Vaccination United Provinces of Agra and Oudh 1914-1922 - 1914-1922
Year: 1914
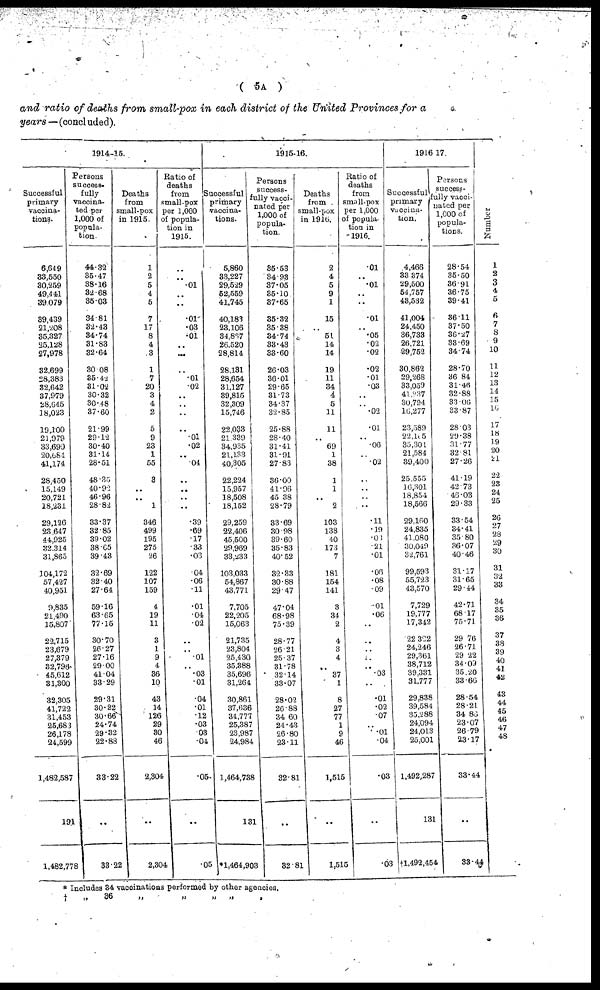
( 5A )
and ratio of deaths from small-pox in each district of the United Provinces for a
years —(concluded).
1914-15.
Successful
primary
vaccina-
tions.
6,649
33,550
30,259
49,441
39,079
39,439
21,208
35,327
25,128
27,978
32,699
28,383
32,642
37,979
28,645
18,023
19,100
21,979
33,690
20,684
41,174
28,450
15,149
20,721
18,231
29,126
23,647
44,925
32,314
31,865
104,172
57,427
40,951
9,835
21,490
15,807
22,715
23,679
27,379
32,796
45,612
31,300
32,305
41,722
31,453
25,683
26,178
24,599
1,482,587
191
1,482,778
Persons
success¬
fully
vaccina-
ted per
1,000 of
popula-
tion.
44.32
35.47
38.16
32.68
35.03
34.81
32.43
34.74
31.83
32.64
30.08
35.42
31.02
30.32
30.48
37.60
21.99
29.12
30.40
31.14
28.51
48.35
40.92
46.96
28.82
33.37
32.85
39.02
38.65
39.43
32.69
32.40
27.64
59.16
63.65
77.15
30.70
26.27
27.16
29.00
41.04
33.29
29.31
30.22
30.66
24.74
29.32
22.88
33.22
33.22
Deaths
from
small-pox
in 1915.
1
2
5
4
5
7
17
8
4
3
1
7
20
3
4
2
5
9
23
1
55
3
..
..
1
346
499
195
275
26
122
107
159
4
19
11
3
1
9
4
36
10
43
14
126
29
30
46
2,304
..
2,304
Ratio of
deaths
from
small-pox
per 1,000
of popula-
tion in
1915.
..
..
.01
..
..
.01
.03
.01
..
..
..
.01
.02
..
..
..
..
.01
.02
..
.04
..
..
..
..
.39
.69
.17
.33
.03
.04
.06
.11
.01
.04
.02
..
..
.01
..
.03
.01
.04
.01
.12
.03
.03
.04
.05
..
.05
1915-16.
Successful
primary
vaccina-
tions.
5,860
33,227
29,529
52,559
41,745
40,183
23,106
84,867
26,520
28,814
28,131
28,654
31,127
39,815
32,309
15,746
22,033
21,339
34,935
21,133
40,305
22,224
15,957
18,508
18,152
29,259
22,406
45,500
29,969
33,233
103,033
54,867
43,771
7,705
22,205
15,063
21,735
23,804
25,430
35,388
35,696
31,264
30,861
37,636
34,777
25,387
23,987
24,984
1,464,738
13
*1,464,903
Persons
success¬
fully vacci-
nated per
1,000 of
popula-
tion.
35.53
34.93
37.05
35.10
37.65
35.32
35.38
34.74
33.43
33.60
26.03
36.01
29.65
31.73
34.37
32.85
25.88
28.40
31.41
31.91
27.83
36.00
41.96
45.38
28.79
33.69
30.98
39.60
35.83
40.52
32.33
30.88
29.47
47.04
68.98
75.39
28.77
26.21
25.37
31.78
32.14
33.07
28.02
26.88
34.60
24.43
26.80
23.11
32.81
32.81
Deaths
from
small-pox
in 1916.
2
4
5
9
1
15
..
51
14
14
19
11
34
4
5
11
11
..
69
1
38
1
1
..
2
103
138
40
173
7
181
154
141
3
34
2
4
3
4
..
37
1
8
27
77
1
9
46
1,515
..
1,515
Ratio of
deaths
from
small-pox
per 1,000
of popula-
tion in
1916.
.01
..
.01
..
..
.01
..
.05
.02
.02
.02
.01
.03
..
..
.02
.01
..
.06
..
.02
..
..
..
..
.11
.19
.03
.21
.01
.06
.08
.09
.01
.06
..
..
..
..
..
.03
.01
.02
.07
..
.01
.04
.03
..
.03
1916-17.
Successful
primary
vaccina¬
tion,
4,466
33,374
29,500
54,757
43,532
41,004
24,450
36,733
26,721
29,752
30,862
29,268
33,059
41,237
30,794
16,277
23,589
22,105
35,301
21,584
39,400
25,555
16,301
18,854
18,566
29,160
24,835
41,080
30,049
32,761
99,593
55,723
43,570
7,729
19,777
17,342
22,322
24,246
29,361
38,712
39,331
31,777
29,838
39,584
35,288
24,094
24,013
25,001
1,492,287
131
†l,492,454
Persons
success¬
fully vacci-
nated per
1,000 of
popula-
tions.
28.54
35.50
36.91
36.75
39.41
36.11
37.50
36.27
33.69
34.74
28.70
36.84
31.46
32.88
33.06
33.87
28.03
29.38
31.77
32.81
27.26
41.19
42.73
46.03
29.33
33.54
34.41
35.80
36.07
40.46
31.17
31.65
29.44
42.71
68.17
75.71
29.76
26.71
29.22
34.09
35.20
33.66
28.54
28.21
34.86
23.07
26 79
23.17
33.44
..
33.44
Number.
1
2
3
4
5
6
7
8
9
10
11
12
13
14
15
16
17
18
19
20
21
22
23
24 25
26
27
28
29
30
31
32
33
34
35
36
37
38
39
40
41
42
43
44
45
46
47
48
*
†
Includes 34 vaccinations performed by other agencies.
„
36
„
„
„
„
„